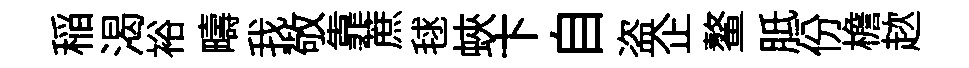
稲渴裕疇我敬靠蔗毬蛺卞自盗企鳌胝份檐趑